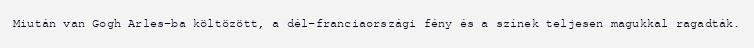
Miután van Gogh Arles-ba költözött, a dél-franciaországi fény és a színek teljesen magukkal ragadták.